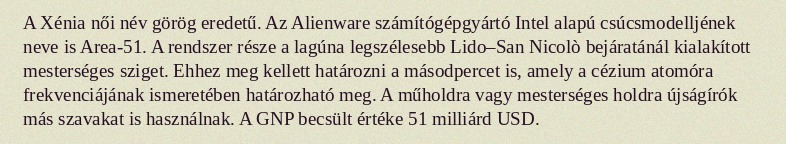
A Xénia női név görög eredetű. Az Alienware számítógépgyártó Intel alapú csúcsmodelljének neve is Area-51. A rendszer része a lagúna legszélesebb Lido–San Nicolò bejáratánál kialakított mesterséges sziget. Ehhez meg kellett határozni a másodpercet is, amely a cézium atomóra frekvenciájának ismeretében határozható meg. A műholdra vagy mesterséges holdra újságírók más szavakat is használnak. A GNP becsült értéke 51 milliárd USD.